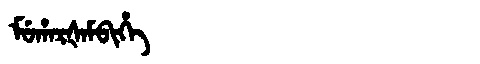
Manchu: ᠮᡠᡥᠠᡵᡧᠠᠮᠪᡳᡥᡝ
Romanization: MUHARŠAMBIHE